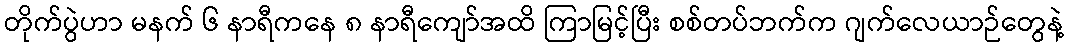
တိုက်ပွဲဟာ မနက် ၆ နာရီကနေ ၈ နာရီကျော်အထိ ကြာမြင့်ပြီး စစ်တပ်ဘက်က ဂျက်လေယာဉ်တွေနဲ့